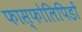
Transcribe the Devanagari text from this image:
फास्फोलिपिडों